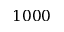
1 0 0 0